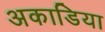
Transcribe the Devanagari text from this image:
अकाडिया